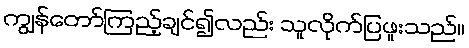
ကျွန်တော်ကြည့်ချင်၍လည်း သူလိုက်ပြဖူးသည်။